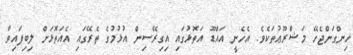
ހިންގަންޖެހޭ މަޝްރޫޢުތަކެވެ. އެހެނީ އައްޑޫ އަތޮޅުގައި އިގިރޭސިން އުޅުމުގެ ތެރޭގައި އެއަތޮޅަށް ލިބިފައިވާ